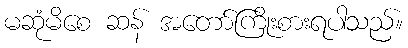
မဆုံမိစေ ဆန် အတော်ကြိုးစားရပါသည်။